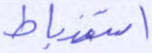
استنباط